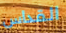
القداس